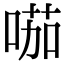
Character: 𠸏